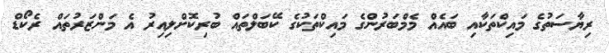
ރިޔާސަތުގެ މައިކްތަކާއި ބައެއް މެމްބަރުންގެ މައިކްތަކުގެ ކޭބަލްތައް ބުރިކޮށްލިއިރު އެ މަންޒަރުތައް ރެކޯޑް